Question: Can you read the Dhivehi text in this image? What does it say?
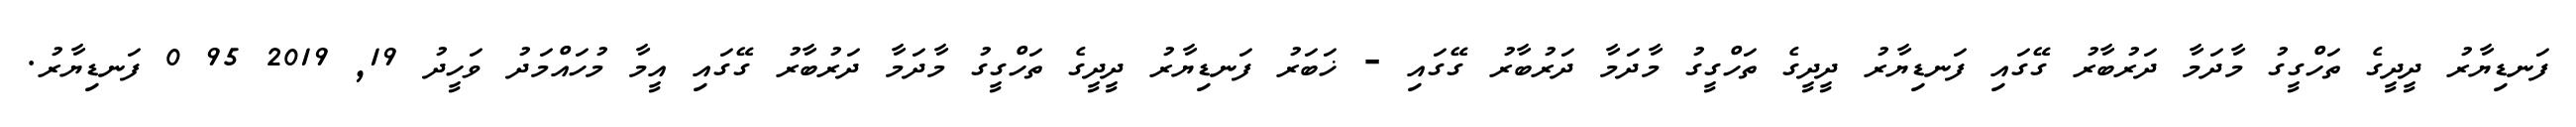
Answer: ފަނޑިޔާރު ދީދީގެ ތަހްގީގު މާދަމާ ދަރުބާރު ގޭގައި ފަނޑިޔާރު ދީދީގެ ތަހްގީގު މާދަމާ ދަރުބާރު ގޭގައި - ޚަބަރު ފަނޑިޔާރު ދީދީގެ ތަހްގީގު މާދަމާ ދަރުބާރު ގޭގައި އީމާ މުހައްމަދު ވަހީދު 19, 2019 95 0 ފަނޑިޔާރު.